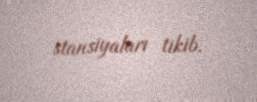
stansiyaları tikib.